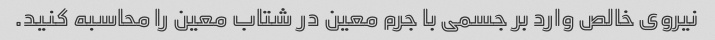
نیروی خالص وارد بر جسمی با جرم معین در شتاب معین را محاسبه کنید.